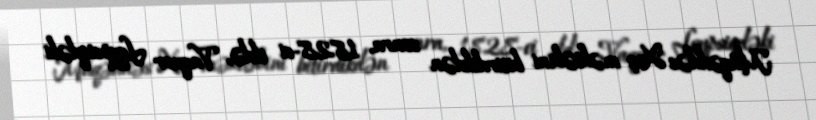
Müqəddəs Xaç məktəbini bitirdikdən sonra, 1828-ci ildə, Vaqner Leypsiqdəki